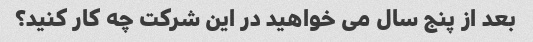
بعد از پنج سال می خواهید در این شرکت چه کار کنید؟